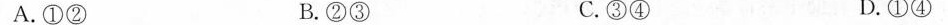
A.①② B.②③ C.③④ D.①④